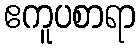
ဧကူပစာရာ